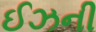
ઈઝની